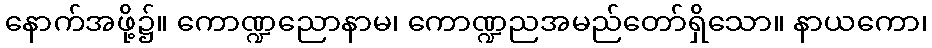
နောက်အဖို့၌။ ကောဏ္ဍညောနာမ၊ ကောဏ္ဍညအမည်တော်ရှိသော။ နာယကော၊